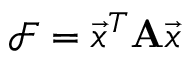
\mathcal { F } = \vec { x } ^ { T } \mathbf { A } \vec { x }